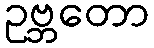
ဥဗ္ဘတော